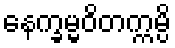
နေက္ခမ္မဝိတက္ကမ္ပိ